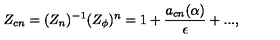
Z _ { c n } = ( { Z } _ { n } ) ^ { - 1 } ( Z _ { \phi } ) ^ { n } = 1 + \frac { a _ { c n } ( \alpha ) } { \epsilon } + . . . ,